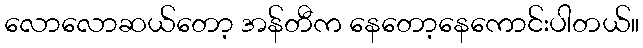
လောလောဆယ်တော့ အန်တီက နေတော့နေကောင်းပါတယ်။